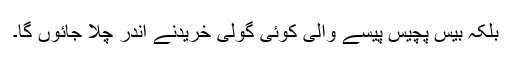
بلکہ بیس پچیس پیسے والی کوئی گولی خریدنے اندر چلا جائوں گا۔